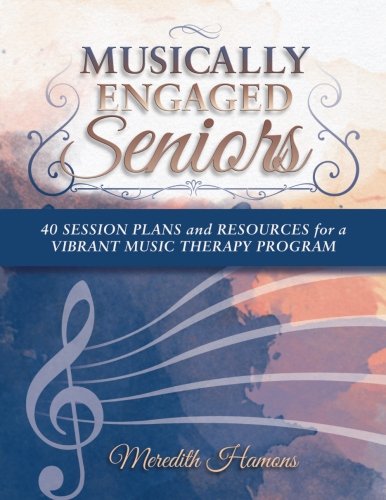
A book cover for Musically Engaged Seniors: 40 Session Plans and Resources for a Vibrant Music Therapy Program; Meredith Faith Hamons MT-BC; Arts & Photography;